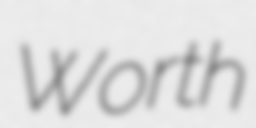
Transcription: Worth